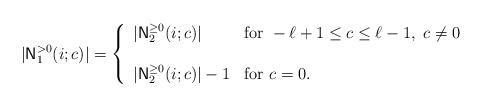
LaTeX: \begin{align*}|{\sf N}_1^{> 0}(i; c)| = \left\{\begin{array}{ll}|{\sf N}_2^{\geq 0}(i; c)| & {\rm for}\ -\ell+1\leq c\leq \ell-1, \ c\neq 0\\& \\ |{\sf N}_2^{\geq 0}(i; c)|-1 & {\rm for}\ c=0.\\\end{array} \right.\end{align*}